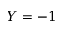
Y = - 1